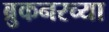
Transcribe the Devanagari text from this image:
ब्रुकनरच्या